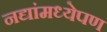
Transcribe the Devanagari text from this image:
नद्यांमध्येपण